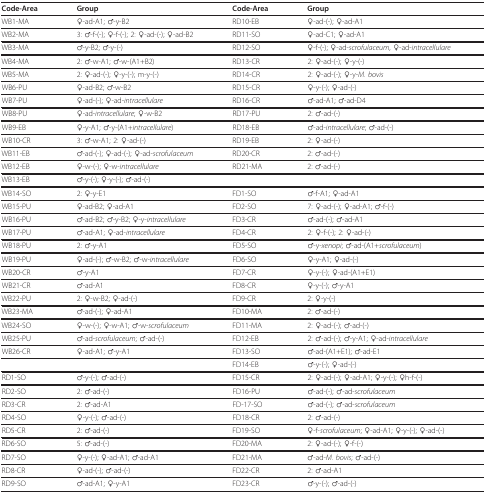
<table><thead><tr><td><b>Code-Area</b></td><td><b>Group</b></td><td><b>Code-Area</b></td><td><b>Group</b></td></tr></thead><tbody><tr><td>WB1-MA</td><td>♀-ad-A1; ♂-y-B2</td><td>RD10-EB</td><td>♀-ad-(-); ♀-ad-A1</td></tr><tr><td>WB2-MA</td><td>3: ♂-f-(-); ♀-f-(-); 2: ♀-ad-(-); ♀-ad-B2</td><td>RD11-SO</td><td>♀-ad-C1; ♀-ad-A1</td></tr><tr><td>WB3-MA</td><td>♂-y-B2; ♂-y-(-)</td><td>RD12-SO</td><td>♀-f-(-); ♀-ad-<i>scrofulaceum</i>, ♀-ad-<i>intracellulare</i></td></tr><tr><td>WB4-MA</td><td>2: ♂-w-A1; ♂-w-(A1+B2)</td><td>RD13-CR</td><td>2: ♀-ad-(-); ♀-y-(-)</td></tr><tr><td>WB5-MA</td><td>2: ♀-ad-(-); ♀-y-(-); m-y-(-)</td><td>RD14-CR</td><td>2: ♀-ad-(-); ♀-y-<i>M. bovis</i></td></tr><tr><td>WB6-PU</td><td>♀-ad-B2; ♂-w-B2</td><td>RD15-CR</td><td>♀-y-(-); ♀-ad-(-)</td></tr><tr><td>WB7-PU</td><td>♀-ad-(-); ♀-ad-<i>intracellulare</i></td><td>RD16-CR</td><td>♂-ad-A1; ♂-ad-D4</td></tr><tr><td>WB8-PU</td><td>♀-ad-<i>intracellulare</i>; ♀-w-B2</td><td>RD17-PU</td><td>2: ♂-ad-(-)</td></tr><tr><td>WB9-EB</td><td>♀-y-A1; ♂-y-(A1+<i>intracellulare</i>)</td><td>RD18-EB</td><td>♂-ad-<i>intracellulare</i>; ♂-ad-(-)</td></tr><tr><td>WB10-CR</td><td>3: ♂-w-A1; 2: ♀-ad-(-)</td><td>RD19-EB</td><td>2: ♀-ad-(-)</td></tr><tr><td>WB11-EB</td><td>♂-ad-(-); ♀-ad-(-); ♀-ad-<i>scrofulaceum</i></td><td>RD20-CR</td><td>2: ♂-ad-(-)</td></tr><tr><td>WB12-EB</td><td>♀-w-(-); ♀-w-<i>intracellulare</i></td><td>RD21-MA</td><td>2: ♂-ad-(-)</td></tr><tr><td>WB13-EB</td><td>♂-y-(-); ♀-y-(-); ♂-ad-(-)</td><td></td><td></td></tr><tr><td>WB14-SO</td><td>2: ♀-y-E1</td><td>FD1-SO</td><td>♂-f-A1; ♀-ad-A1</td></tr><tr><td>WB15-PU</td><td>♀-ad-B2; ♀-ad-A1</td><td>FD2-SO</td><td>7: ♀-ad-(-); ♀-ad-A1; ♂-f-(-)</td></tr><tr><td>WB16-PU</td><td>♂-ad-B2; ♂-y-B2; ♀-y-<i>intracellulare</i></td><td>FD3-CR</td><td>♂-ad-(-); ♂-ad-A1</td></tr><tr><td>WB17-PU</td><td>♂-ad-A1; ♀-ad-<i>intracellulare</i></td><td>FD4-CR</td><td>2: ♀-f-(-); 2: ♀-ad-(-)</td></tr><tr><td>WB18-PU</td><td>2: ♂-y-A1</td><td>FD5-SO</td><td>♂-y-<i>xenopi</i>; ♂-ad-(A1+<i>scrofulaceum</i>)</td></tr><tr><td>WB19-PU</td><td>♀-ad-(-); ♂-w-B2; ♂-w-<i>intracellulare</i></td><td>FD6-SO</td><td>♀-y-A1; ♀-ad-(-)</td></tr><tr><td>WB20-CR</td><td>♂-y-A1</td><td>FD7-CR</td><td>♀-y-(-); ♀-ad-(A1+E1)</td></tr><tr><td>WB21-CR</td><td>♂-ad-A1</td><td>FD8-CR</td><td>♀-y-(-); ♂-y-A1</td></tr><tr><td>WB22-PU</td><td>2: ♀-w-B2; ♀-ad-(-)</td><td>FD9-CR</td><td>2: ♀-y-(-)</td></tr><tr><td>WB23-MA</td><td>♂-ad-(-); ♀-ad-A1</td><td>FD10-MA</td><td>2: ♂-ad-(-)</td></tr><tr><td>WB24-SO</td><td>♀-w-(-); ♀-w-A1; ♂-w-<i>scrofulaceum</i></td><td>FD11-MA</td><td>2: ♀-ad-(-); ♂-ad-(-)</td></tr><tr><td>WB25-PU</td><td>♂-ad-<i>scrofulaceum</i>; ♂-ad-(-)</td><td>FD12-EB</td><td>2: ♂-ad-(-); ♂-y-A1; ♀-ad-<i>intracellulare</i></td></tr><tr><td>WB26-CR</td><td>♀-ad-A1; ♂-y-A1</td><td>FD13-SO</td><td>♂-ad-(A1+E1); ♂-ad-E1</td></tr><tr><td></td><td></td><td>FD14-EB</td><td>♂-y-(-); ♀-ad-(-)</td></tr><tr><td>RD1-SO</td><td>♂-y-(-); ♂-ad-(-)</td><td>FD15-CR</td><td>2: ♀-ad-(-); ♀-ad-A1; ♀-y-(-); ♀h-f-(-)</td></tr><tr><td>RD2-SO</td><td>2: ♂-ad-(-)</td><td>FD16-PU</td><td>♂-ad-(-); ♂-ad-<i>scrofulaceum</i></td></tr><tr><td>RD3-CR</td><td>2: ♂-ad-A1</td><td>FD-17-SO</td><td>♂-ad-(-); ♂-ad-<i>scrofulaceum</i></td></tr><tr><td>RD4-SO</td><td>♀-y-(-); ♂-ad-(-)</td><td>FD18-CR</td><td>2: ♂-ad-(-)</td></tr><tr><td>RD5-CR</td><td>2: ♂-ad-(-)</td><td>FD19-SO</td><td>♀-f-<i>scrofulaceum</i>; ♀-ad-A1; ♀-y-(-); ♀-ad-(-)</td></tr><tr><td>RD6-SO</td><td>5: ♂-ad-(-)</td><td>FD20-MA</td><td>2: ♀-ad-(-); ♀-f-(-)</td></tr><tr><td>RD7-SO</td><td>♀-y-(-); ♀-ad-A1; ♂-ad-A1</td><td>FD21-MA</td><td>♂-ad-<i>M. bovis</i>; ♂-ad-(-)</td></tr><tr><td>RD8-CR</td><td>♀-ad-(-); ♂-ad-(-)</td><td>FD22-CR</td><td>2: ♂-ad-A1</td></tr><tr><td>RD9-SO</td><td>♂-ad-A1; ♀-y-A1</td><td>FD23-CR</td><td>♂-y-(-); ♂-ad-(-)</td></tr></tbody></table>